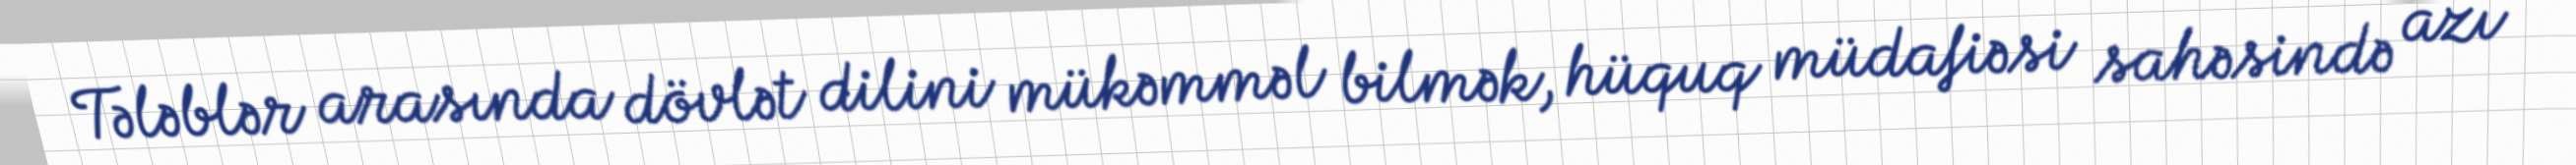
Tələblər arasında dövlət dilini mükəmməl bilmək, hüquq müdafiəsi sahəsində azı